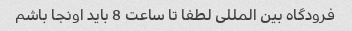
فرودگاه بین المللی لطفا تا ساعت 8 باید اونجا باشم